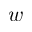
w